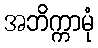
အဘိက္ကာမုံ